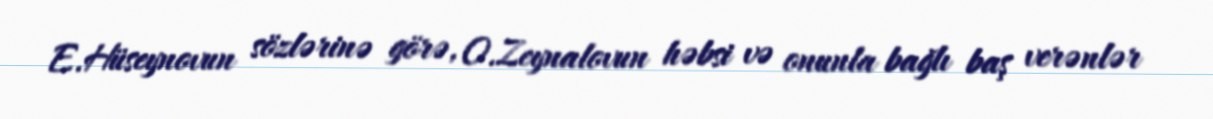
E.Hüseynovun sözlərinə görə, O.Zeynalovun həbsi və onunla bağlı baş verənlər